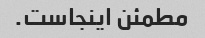
مطمئن اینجاست.